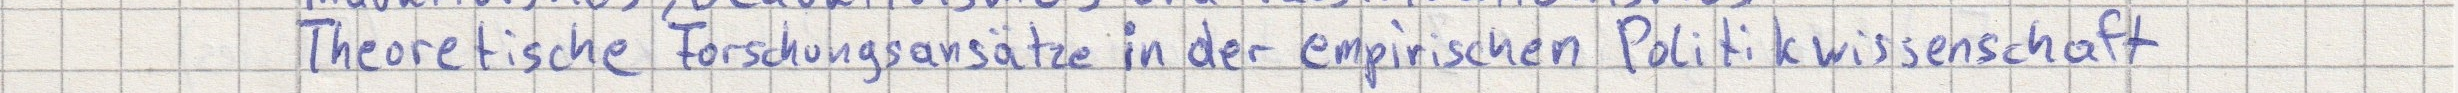
Theoretische Forschungsansätze in der empirischen Politikwissenschaft